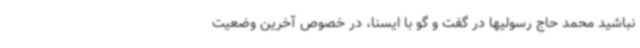
نباشید محمد حاج رسولیها در گفت و گو با ایسنا، در خصوص آخرین وضعیت